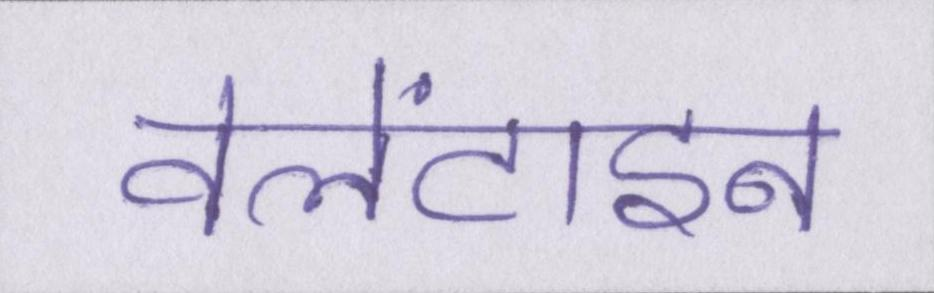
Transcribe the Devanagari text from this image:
वेलेंटाइन